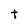
Character: t